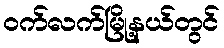
ဝက်လက်မြို့နယ်တွင်